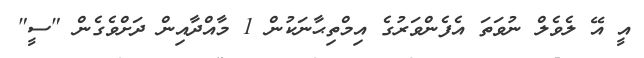
އީ އޭ ލެވެލް ނުވަތަ އެފެންވަރުގެ އިމްތިޙާނަކުން 1 މާއްދާއިން ދަށްވެގެން "ސީ"